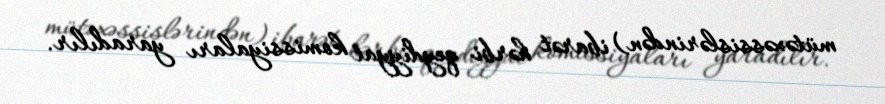
mütəxəssislərindən) ibarət hərbi qeydiyyat komissiyaları yaradılır.